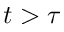
t > \tau